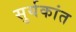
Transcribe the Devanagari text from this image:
सुर्यकांत